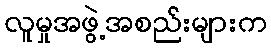
လူမှုအဖွဲ့အစည်းများက